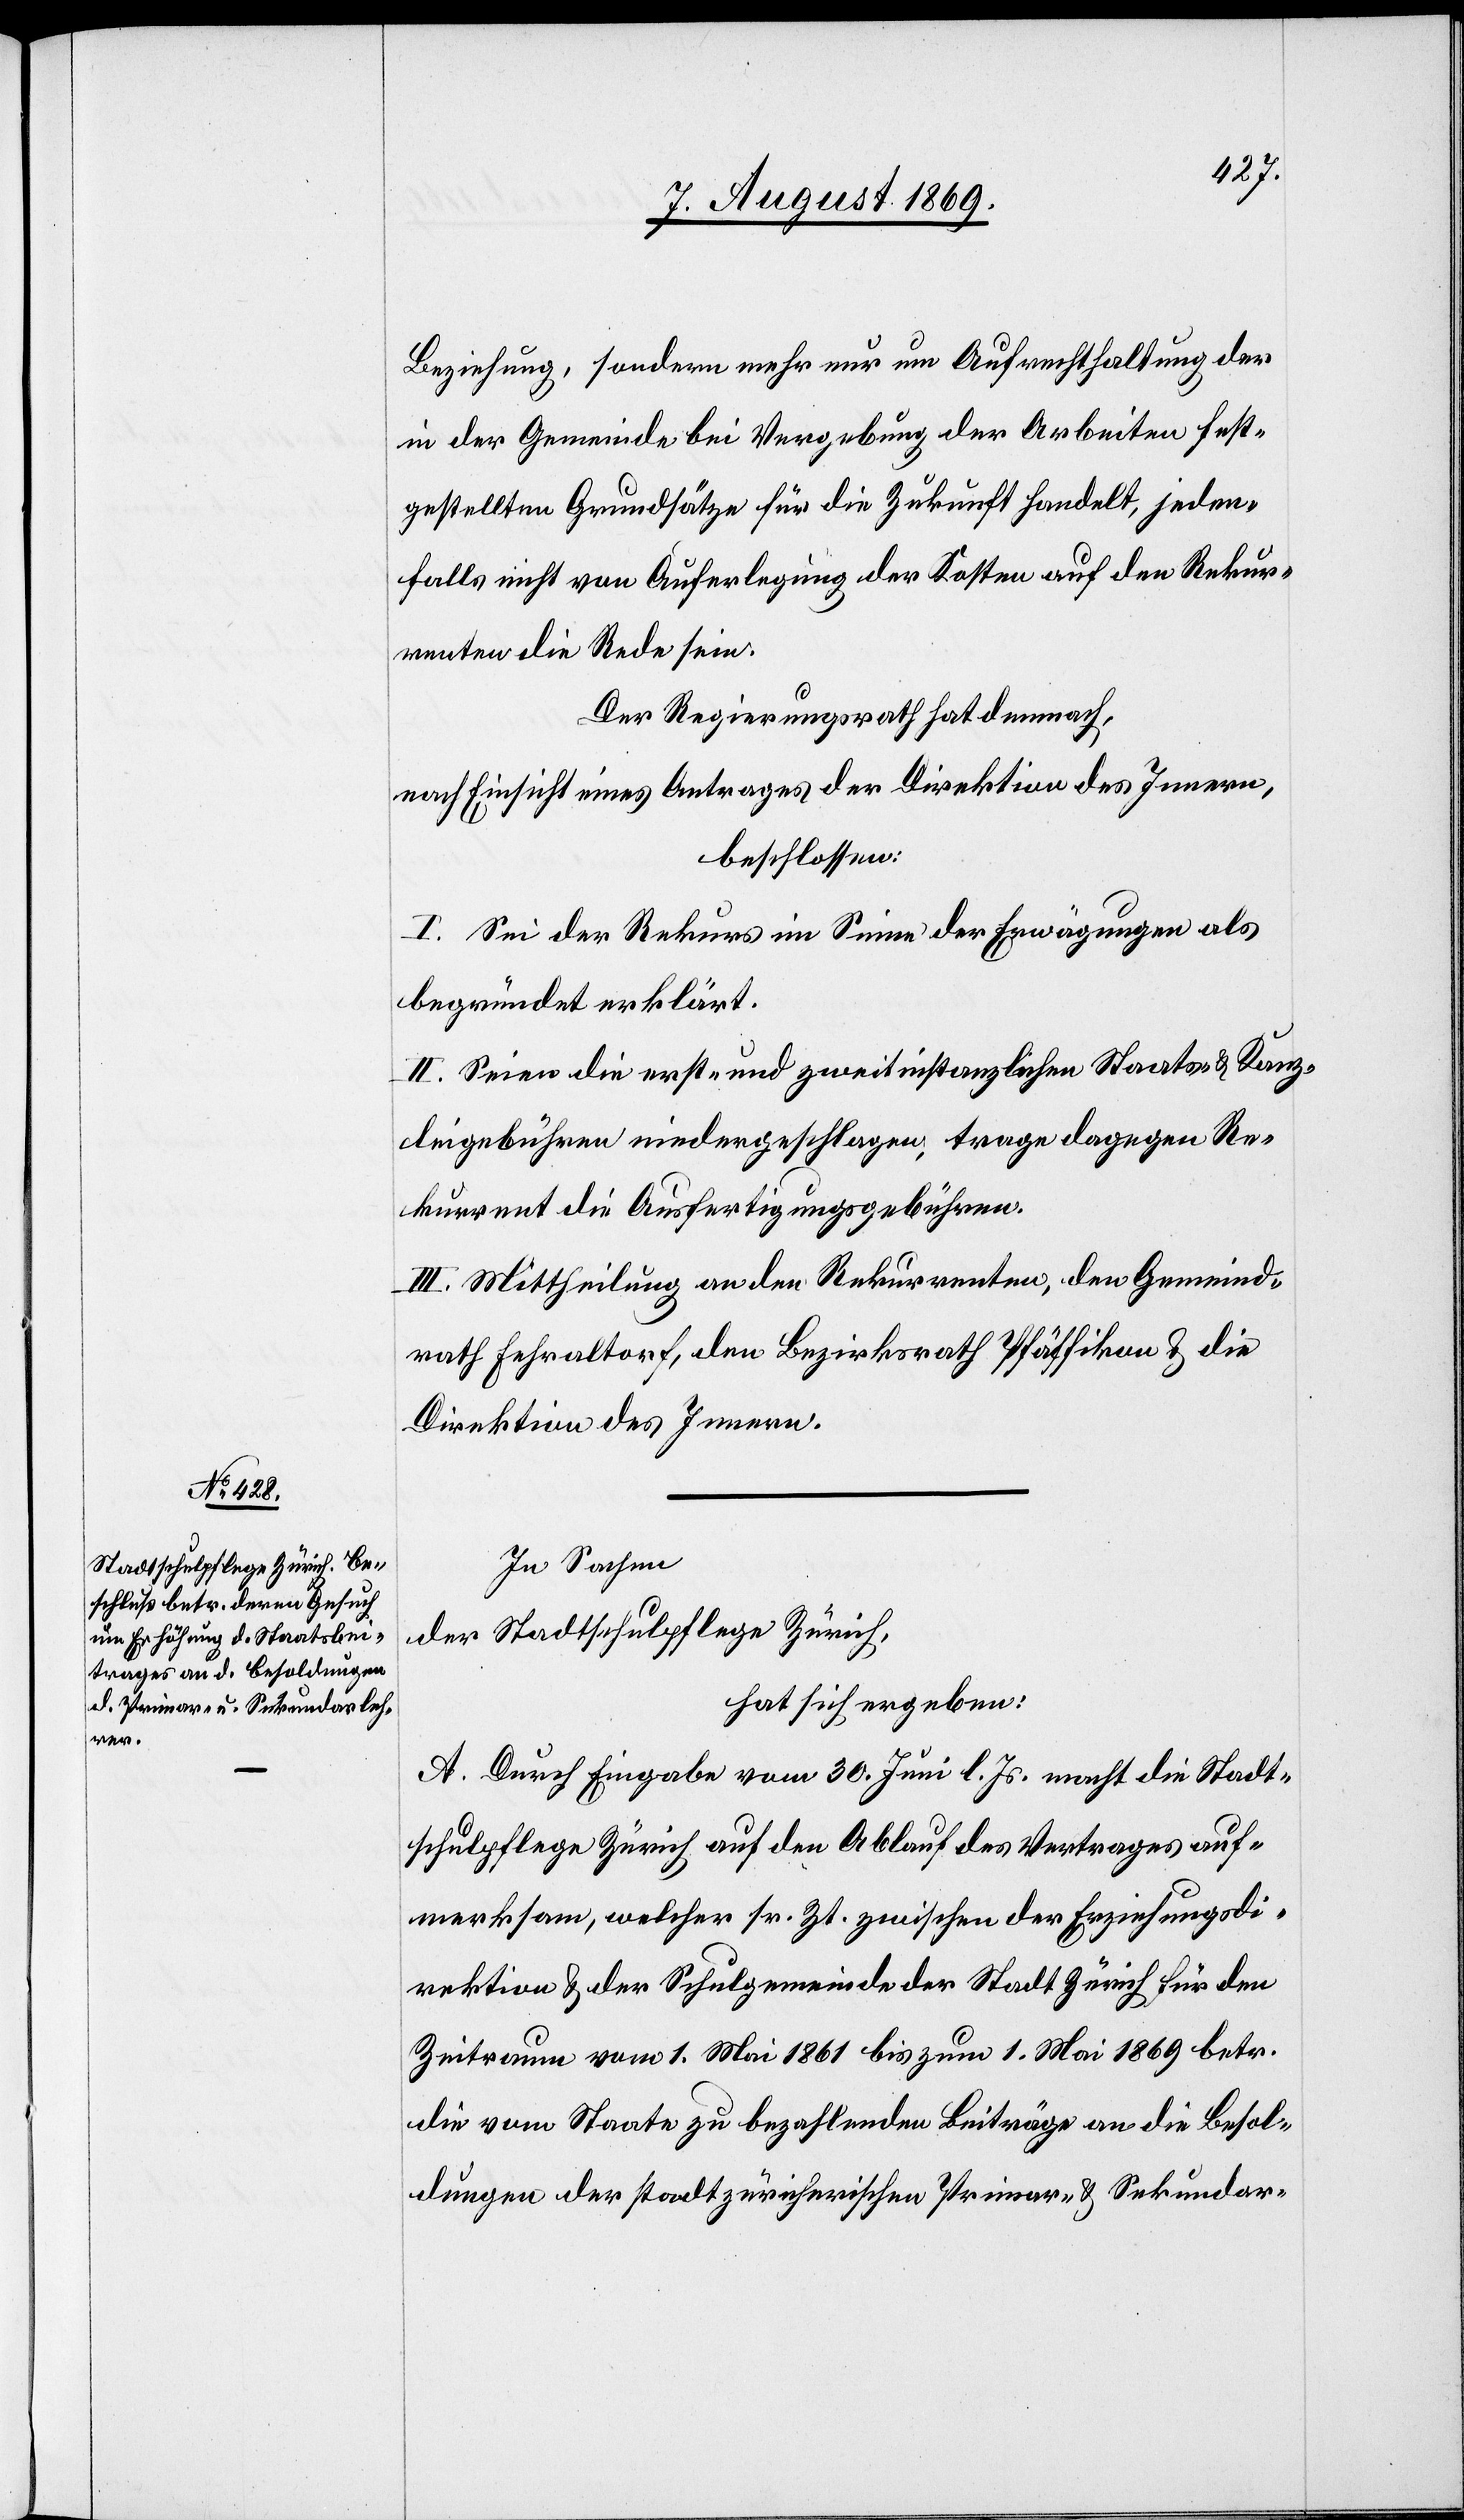
Beziehung, sondern mehr nur um Aufrechthaltung der
in der Gemeinde bei Vergebung der Arbeiten fest¬
gestellten Grundsätze für die Zukunft handelt, jeden¬
falls nicht von Auferlegung der Kosten auf den Rekur¬
renten die Rede sein.
Der Regierungsrath hat demnach,
nach Einsicht eines Antrages der Direktion des Innern,
beschlossen:
I. Sei der Rekurs im Sinne der Erwägungen als
begründet erklärt.
II. Seien die erst- und zweitinstanzlichen Staats- & Kanz¬
leigebühren niedergeschlagen, trage dagegen Re¬
kurrent die Ausfertigungsgebühren.
III. Mittheilung an den Rekurrenten, den Gemeind¬
rath Fehraltorf, den Bezirksrath Pfäffikon & die
Direktion des Innern.
In Sachen
der Stadtschulpflege Zürich,
hat sich ergeben:
A. Durch Eingabe vom 30 Juni l. Js. macht die Stadt¬
schulpflege Zürich auf den Ablauf des Vertrages auf¬
merksam, welcher sr. Zt. zwischen der Erziehungsdi¬
rektion & der Schulgemeinde der Stadt Zürich für den
Zeitraum vom 1 Mai 1861 bis zum 1 Mai 1869 betr.
die vom Staate zu bezahlenden Beiträge an die Besol¬
dungen der stadtzürcherischen Primar- & Sekundar-